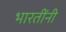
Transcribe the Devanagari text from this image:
भारतींनी